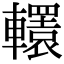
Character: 𨏙